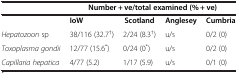
<table><thead><tr><td><b> </b></td><td colspan="4"><b>Number + ve/total examined (% + ve)</b></td></tr></thead><tbody><tr><td> </td><td><b>IoW</b></td><td><b>Scotland</b></td><td><b>Anglesey</b></td><td><b>Cumbria</b></td></tr><tr><td><i>Hepatozoon</i> sp</td><td>38/116 (32.7<sup>†</sup>)</td><td>2/24 (8.3<sup>†</sup>)</td><td>u/s</td><td>0/2 (0)</td></tr><tr><td><i>Toxoplasma gondii</i></td><td>12/77 (15.6<sup>*</sup>)</td><td>0/24 (0<sup>*</sup>)</td><td>u/s</td><td>0/2 (0)</td></tr><tr><td><i>Capillaria hepatica</i></td><td>4/77 (5.2)</td><td>1/17 (5.9)</td><td>u/s</td><td>0/1 (0)</td></tr></tbody></table>